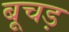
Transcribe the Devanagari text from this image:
बूचड़